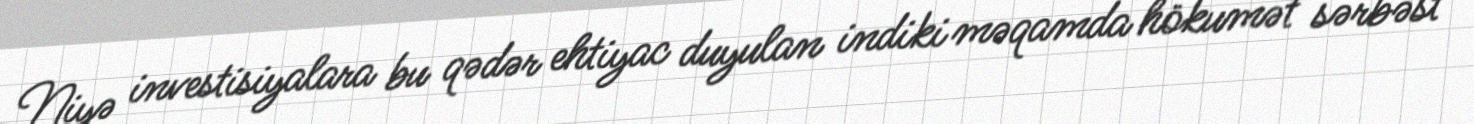
Niyə investisiyalara bu qədər ehtiyac duyulan indiki məqamda hökumət sərbəst